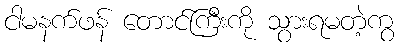
ငါမနက်ဖန် တောင်ကြီးကို သွားရမတဲ့ကွ